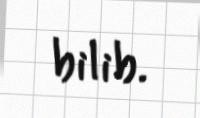
bilib.